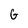
Character: G